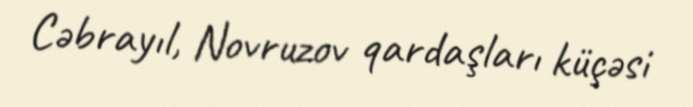
Cəbrayıl, Novruzov qardaşları küçəsi